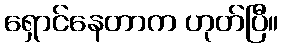
ရှောင်နေတာက ဟုတ်ပြီ။